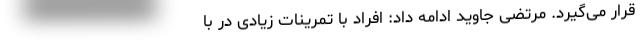
قرار می‌گیرد. مرتضی جاوید ادامه داد: افراد با تمرینات زیادی در با